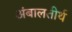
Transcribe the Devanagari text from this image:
अंबालतीर्थ